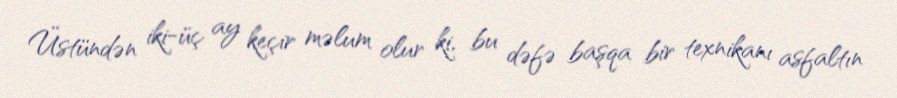
Üstündən iki-üç ay keçir məlum olur ki, bu dəfə başqa bir texnikanı asfaltın